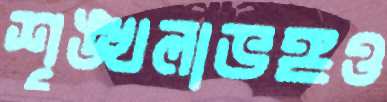
শৃঙ্খলাভঙ্গও